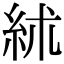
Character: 絉